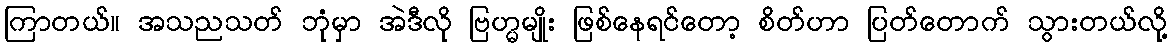
ကြာတယ်။ အသညသတ် ဘုံမှာ အဲဒီလို ဗြဟ္မမျိုး ဖြစ်နေရင်တော့ စိတ်ဟာ ပြတ်တောက် သွားတယ်လို့